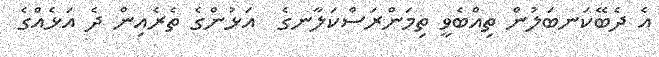
އެ ދެބޭކަނބަލުން ތިއްބެވީ ތިމަންރަސްކަލާނގެ  އަޅުންގެ ތެރެއިން ދެ އަޅެއްގެ